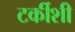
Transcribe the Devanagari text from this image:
टर्कीशी